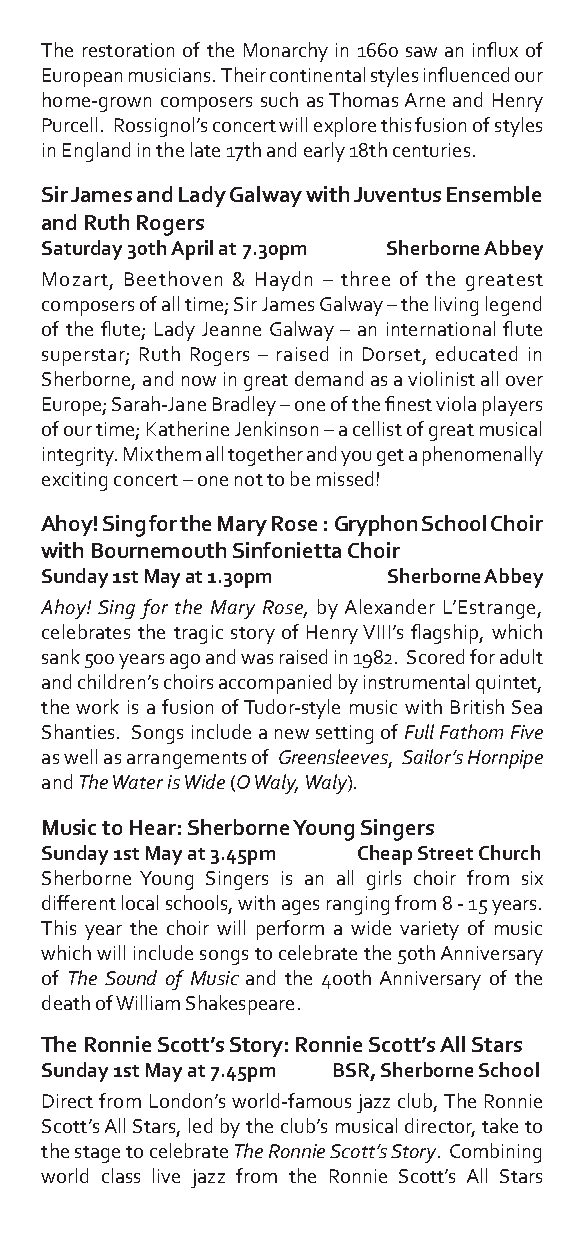
The restoration of the Monarchy in 1660 saw an influx of
 European musicians. Their continental styles influenced our
 home-grown composers such as Thomas Arne and Henry
 Purcell. Rossignol’s concert will explore this fusion of styles
 in England in the late 17th and early 18th centuries.
 Sir James and Lady Galway with Juventus Ensemble
 and Ruth Rogers
 Saturday 30th April at 7.30pm Sherborne Abbey
 Mozart, Beethoven & Haydn – three of the greatest
 composers of all time; Sir James Galway – the living legend
 of the flute; Lady Jeanne Galway – an international flute
 superstar; Ruth Rogers – raised in Dorset, educated in
 Sherborne, and now in great demand as a violinist all over
 Europe; Sarah-Jane Bradley – one of the finest viola players
 of our time; Katherine Jenkinson – a cellist of great musical
 integrity. Mix them all together and you get a phenomenally
 exciting concert – one not to be missed!
 Ahoy! Sing for the Mary Rose : Gryphon School Choir
 with Bournemouth Sinfonietta Choir
 Sunday 1st May at 1.30pm Sherborne Abbey
 Ahoy! Sing for the Mary Rose, by Alexander L’Estrange,
 celebrates the tragic story of Henry VIII’s flagship, which
 sank 500 years ago and was raised in 1982. Scored for adult
 and children’s choirs accompanied by instrumental quintet,
 the work is a fusion of Tudor-style music with British Sea
 Shanties. Songs include a new setting of Full Fathom Five
 as well as arrangements of Greensleeves, Sailor’s Hornpipe
 and The Water is Wide (O Waly, Waly).
 Music to Hear: Sherborne Young Singers
 Sunday 1st May at 3.45pm Cheap Street Church
 Sherborne Young Singers is an all girls choir from six
 different local schools, with ages ranging from 8 - 15 years.
 This year the choir will perform a wide variety of music
 which will include songs to celebrate the 50th Anniversary
 of The Sound of Music and the 400th Anniversary of the
 death of William Shakespeare.
 The Ronnie Scott’s Story: Ronnie Scott’s All Stars
 Sunday 1st May at 7.45pm BSR, Sherborne School
 Direct from London’s world-famous jazz club, The Ronnie
 Scott’s All Stars, led by the club’s musical director, take to
 the stage to celebrate The Ronnie Scott’s Story. Combining
 world class live jazz from the Ronnie Scott’s All Stars